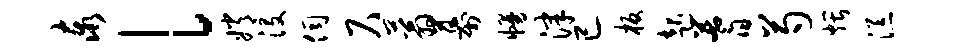
泰l嫦没伺尺蓊幕幔津已板起蓍芍煨添